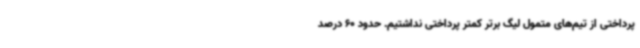
پرداختی از تیم‌های متمول لیگ برتر کمتر پرداختی نداشتیم. حدود 60 درصد